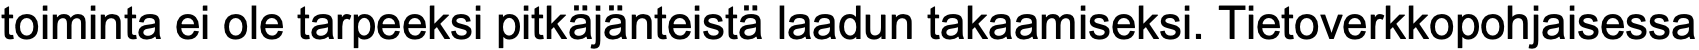
toiminta ei ole tarpeeksi pitkäjänteistä laadun takaamiseksi. Tietoverkkopohjaisessa